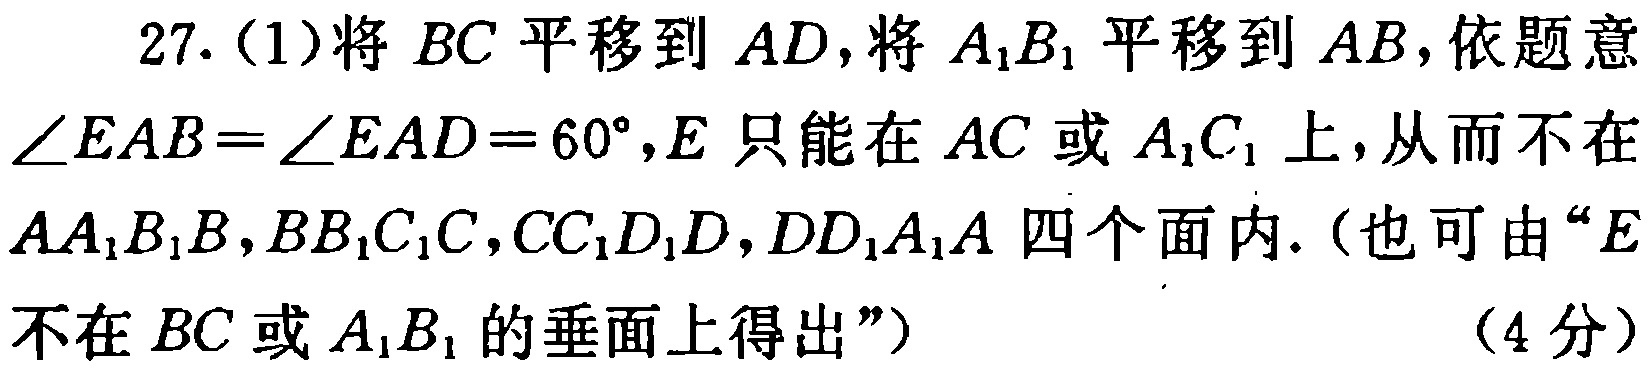
27.（1）将 \(BC\) 平移到 \(AD\)，将 \(A_{1}B_{1}\) 平移到 \(AB\)，依题意 \(\angle EAB = \angle EAD = 60^{\circ}\)，\(E\) 只能在 \(AC\) 或 \(A_{1}C_{1}\) 上，从而不在 \(AA_{1}B_{1}B,BB_{1}C_{1}C,CC_{1}D_{1}D,DD_{1}A_{1}A\) 四个面内.（也可由“\(E\) 不在 \(BC\) 或 \(A_{1}B_{1}\) 的垂面上得出”）（4分）